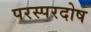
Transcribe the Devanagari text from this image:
परस्परदोष